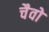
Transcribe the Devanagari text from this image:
चैवो